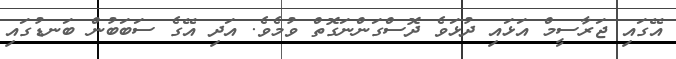
އޭގައި ޖަރާސީމް އަޅައި ދުޅަވެ ދޮސްގަންނަގޮތް ވުމެވެ. އަދި އޭގެ ސަބަބުން ބަނޑުގައި